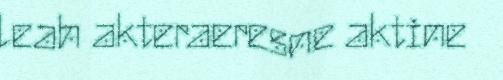
leah akteraeresne aktine